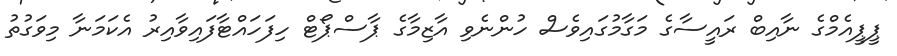
ޕީޕީއެމްގެ ނާއިބް ރައީސާގެ މަގާމުގައިވެސް ހުންނެވި އާޒިމާގެ ޕާސްޕޯޓް ހިފަހައްޓާފައިވާއިރު އެކަމަނާ މިވަގުތު